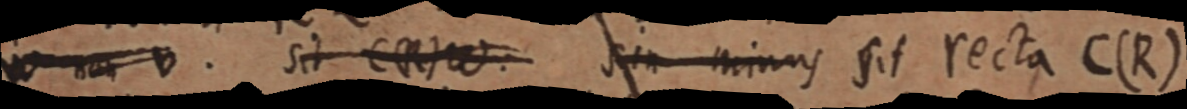
W non B. sit C (R) W. sin minus sit recta C (R)